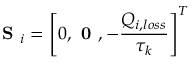
\textbf { S } _ { i } = \left[ 0 , \textbf { 0 } , - \frac { Q _ { i , l o s s } } { \tau _ { k } } \right] ^ { T }